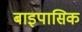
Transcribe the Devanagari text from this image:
बाइपासिक